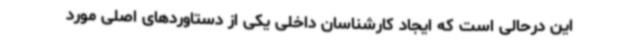
این درحالی است که ایجاد کارشناسان داخلی یکی از دستاوردهای اصلی مورد